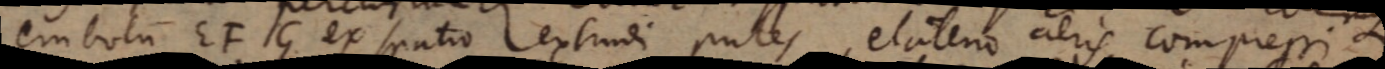
embolum EFG ex spatio extrudi putes, elaterio aeris compressi